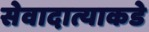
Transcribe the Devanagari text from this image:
सेवादात्याकडे